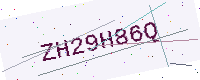
Text: ZH29H86Q